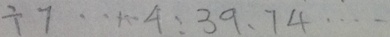
\div 7 \cdots 4 : 3 9 、 7 4 \cdots